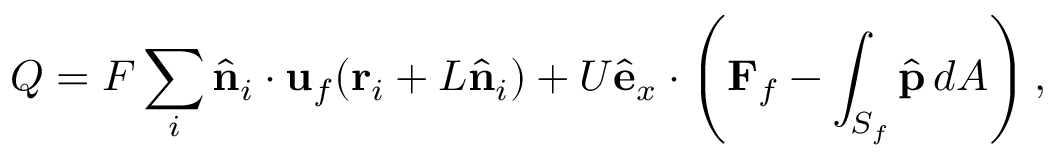
Q = F \sum _ { i } \hat { \mathbf { n } } _ { i } \cdot { \mathbf { u } } _ { f } ( \mathbf { r } _ { i } + L \hat { \bf n } _ { i } ) + { U } \hat { \mathbf { e } } _ { x } \cdot \left( { \mathbf { F } } _ { f } - \int _ { S _ { f } } \hat { \mathbf { p } } \, d A \right) ,